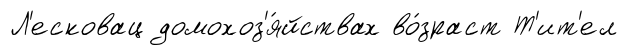
Л'есковац домохоз'я́йствах во́зраст Т'ит'ел